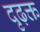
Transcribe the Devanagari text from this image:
दृढ़क्त